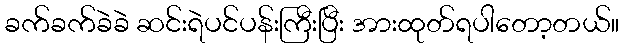
ခက်ခက်ခဲခဲ ဆင်းရဲပင်ပန်းကြီးပြီး အားထုတ်ရပါတော့တယ်။